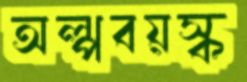
অল্পবয়স্ক